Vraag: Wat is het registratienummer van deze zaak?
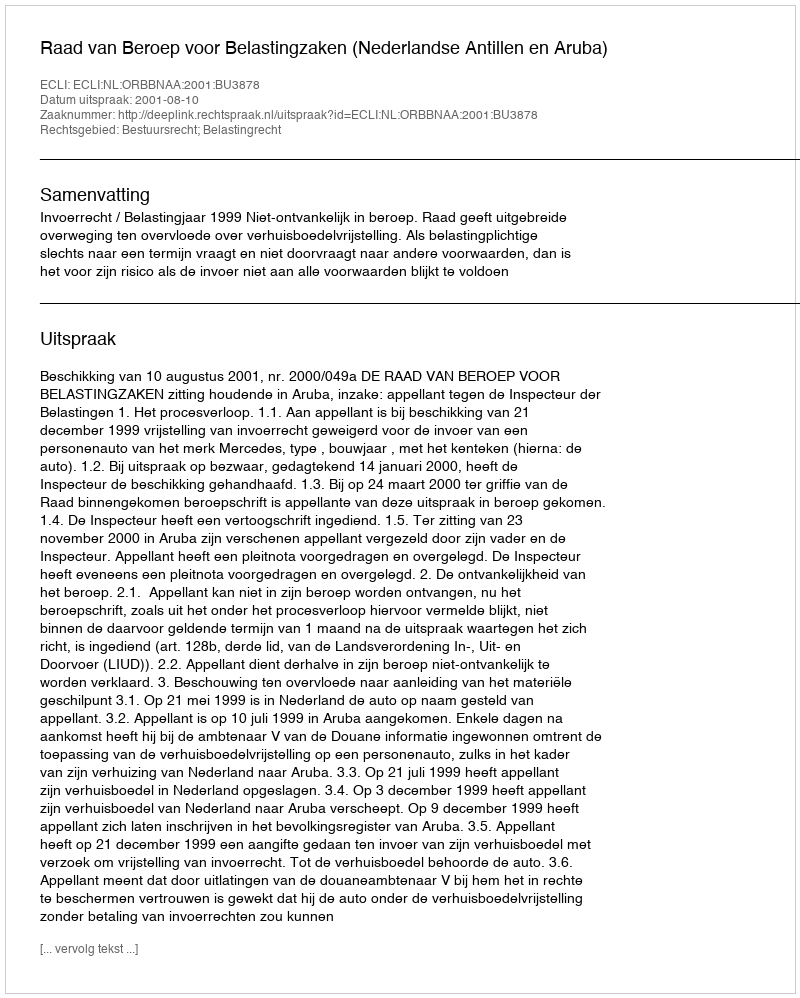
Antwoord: http://deeplink.rechtspraak.nl/uitspraak?id=ECLI:NL:ORBBNAA:2001:BU3878